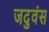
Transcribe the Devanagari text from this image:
जदुवंस